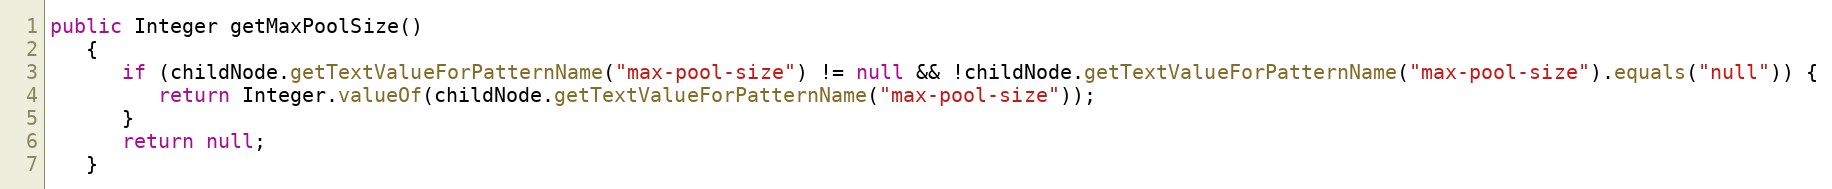
Language: Java
public Integer getMaxPoolSize()
   {
      if (childNode.getTextValueForPatternName("max-pool-size") != null && !childNode.getTextValueForPatternName("max-pool-size").equals("null")) {
         return Integer.valueOf(childNode.getTextValueForPatternName("max-pool-size"));
      }
      return null;
   }